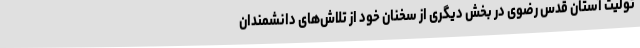
تولیت آستان قدس رضوی در بخش دیگری از سخنان خود از تلاش‌های دانشمندان